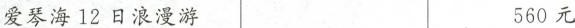
爱琴海12日浪漫游 560元